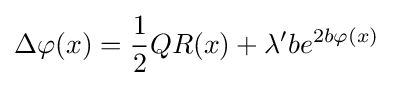
\Delta \varphi (x)={\frac {1}{2}}QR(x)+\lambda 'be^{2b\varphi (x)}\